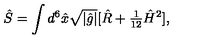
\hat { S } = \int d ^ { 6 } \hat { x } \sqrt { | \hat { g } | } [ \hat { R } + { \textstyle \frac { 1 } { 1 2 } } \hat { H } ^ { 2 } ] ,